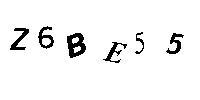
Z6BE55